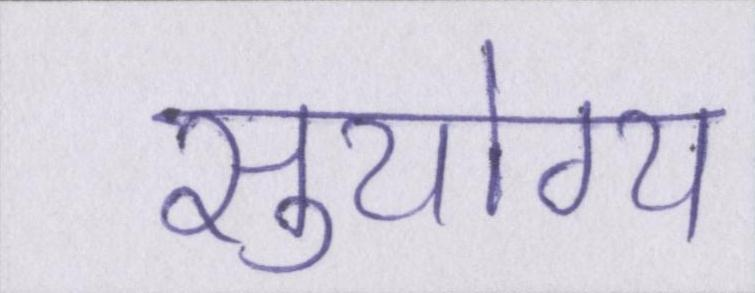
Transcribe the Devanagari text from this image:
सुयोग्य